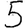
Digit: 5